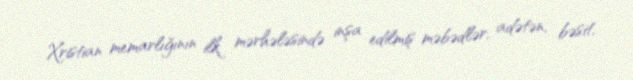
Xristian memarlığının ilk mərhələsində inşa edilmiş məbədlər, adətən, bəsit,